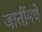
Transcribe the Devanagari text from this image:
जातींमधे